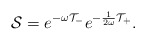
\begin{align*}{\cal S}=e^{-\omega {\cal T}_{-}} e^{-\frac{1}{2\omega} {\cal T}_{+}} .\end{align*}